Vaccine operations Central Provinces & Berar 1922-1929 - 1922-1929
Year: 1922
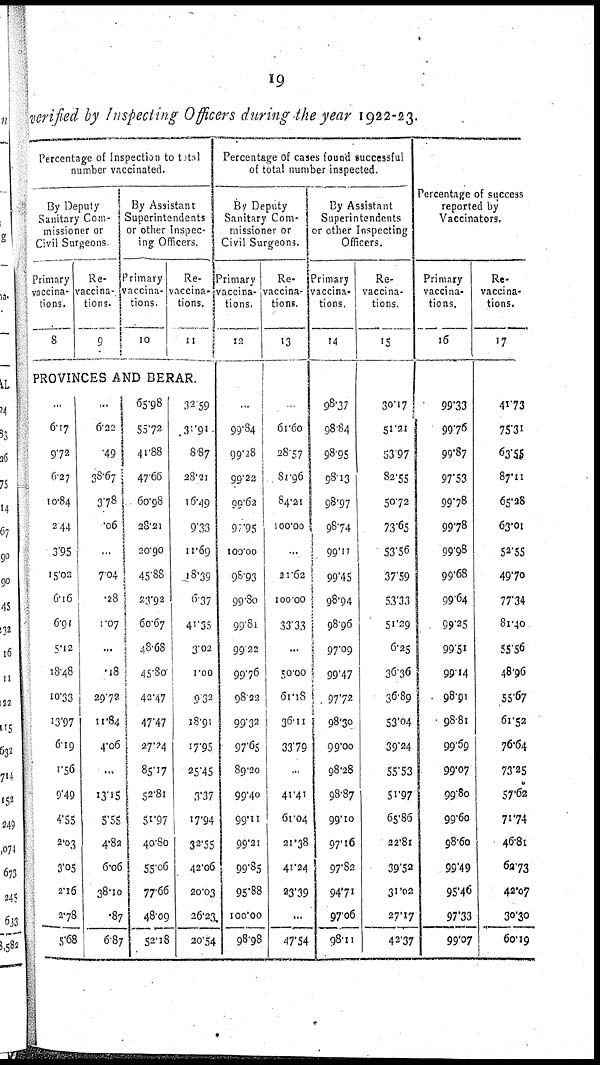
19
verified by Inspecting Officers during the year 1922-23.
Percentage of Inspection to total
number vaccinated.
By Deputy
Sanitary Com-
missioner or
Civil Surgeons
Primary
vaccina-
tions.
8
Re-
vaccina-
tions.
9
By Assistant
Superintendents
or other Inspec-
ing Officers.
Primary
vaccina-
tions.
10
Re-
vaccina-
tions.
11
PROVINCES AND BERAR.
...
6.17
9.72
6.27
10.84
2.44
3.95
15.02
6.16
6.91
5.12
18.48
10.33
13.97
6.19
1.56
9.49
4.55
2.03
3.05
2.l6
2.78
5.68
...
6.22
49
38.67
3.78
.06
...
7.04
.28
1.07
...
.18
29.72
11.84
4.06
...
13.15
5.55
4.82
6.06
38.10
.87
6.87
65.98
55.72
41.88
47.66
60.98
28.21
20.90
45.88
23.92
60.67
48.68
45.80
42.47
47.47
27.24
85.17
52.81
51.97
40.80
55.06
77.66
48.09
52.18
32.59
35.91
8.87
28.21
16.49
9.33
11.69
18.39
6.37
41.35
3.02
1.00
9.32
18.91
17.95
25.45
3.37
17.94
32.55
42.06
20.03
26.23
20.54
Percentage of cases found successful
of total number inspected.
By Deputy
Sanitary Com-
missioner or
Civil Surgeons.
Primary
vaccina-
tions.
12
...
99.84
99.28
99.22
99.62
97.95
100.00
98.93
99.80
99.81
99.22
99.76
98.22
99.32
97.65
89.20
99.40
99.11
99.21
99.85
95.88
100.00
98.98
Re-
vaccina-
tions.
13
61.60
28.57
81.96
84.21
100.00
..
21.62
100.00
33.33
...
50.00
61.18
36.11
33.79
...
41.41
61.04
21.38
41.24
23.39
...
47.54
By Assistant
Superintendents
or other Inspecting
Officers.
Primary
vaccina-
tions.
14
98.37
98.84
98.95
98.13
98.97
98.74
99.11
99.45
98.94
98.96
97.09
99.47
97.72
98.30
99.00
98.28
98.87
99.10
97.16
97.82
94.71
97.06
98.11
Re-
vaccina-
tions.
15
30.17
51.21
53.97
82.55
50.72
73.65
53.56
37.59
53.33
51.29
6.25
36.36
36.89
53.04
39.24
55.53
51.97
65.86
22.8l
39.52
31.02
27.17
42.37
Percentage of success
reported by
Vaccinators.
Primary
vaccina-
tions.
16
99.33
99.76
99.87
97.53
99.78
99.78
99.98
99.68
99.64
99.25
99.51
99.14
98.91
98.81
99.69
99.07
99.80
99.60
98.60
99.49
95.46
97.33
99.07
Re-
vaccina-
tions.
17
41.73
75.31
63.55
87.11
65.28
63.01
52.55
49.70
77.34
81.40
55.56
48.96
55.67
61.52
76.64
73.25
57.62
71.74
46.81
62.73
42.07
33.30
60.19